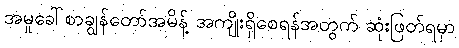
အမှုခေါ်စာချွန်တော်အမိန့် အကျိုးရှိစေရန်အတွက် ဆုံးဖြတ်ရမှာ